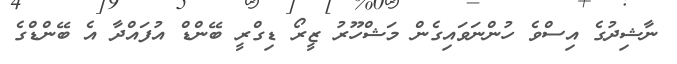
ނާޝިދުގެ އިސްވެ ހުންނަވައިގެން މަޝްހޫރު ޒީރޯ ޑިގްރީ ބޭންޑް އުފައްދާ އެ ބޭންޑްގެ